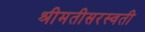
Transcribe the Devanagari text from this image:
श्रीमतीसरस्‍वती